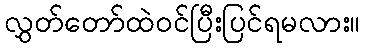
လွှတ်တော်ထဲဝင်ပြီးပြင်ရမလား။